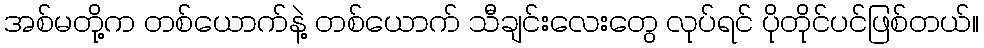
အစ်မတို့က တစ်ယောက်နဲ့ တစ်ယောက် သီချင်းလေးတွေ လုပ်ရင် ပိုတိုင်ပင်ဖြစ်တယ်။